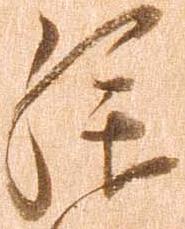
拝